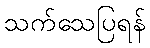
သက်သေပြရန်